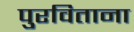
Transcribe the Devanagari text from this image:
पुरविताना